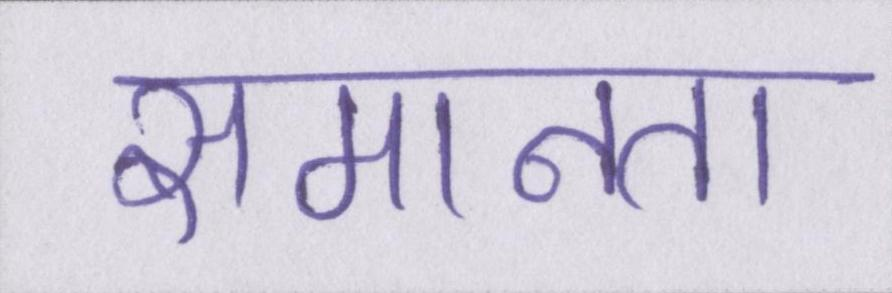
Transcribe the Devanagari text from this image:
समानता